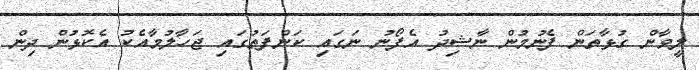
ލީވާން ގުޅާތަން ފެނުމުން ނާޝިދު އެފޯނު ނަގައި ކަންފަތުގައި ޖަހާލުމާއެކު އެކޮޅުން ދިން